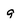
Character: q